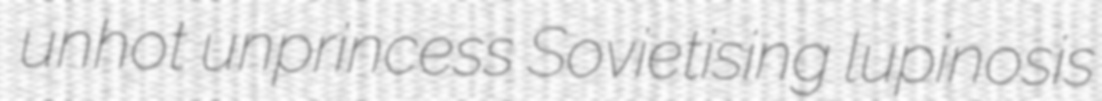
unhot unprincess Sovietising lupinosis